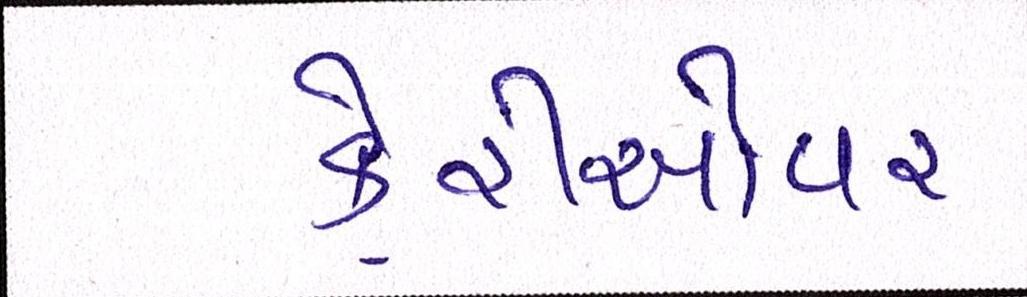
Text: કેરીઓવર